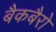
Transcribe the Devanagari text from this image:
बैकबैरो